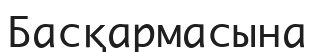
Басқармасына